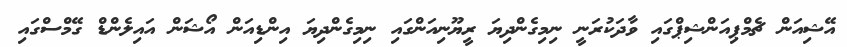
އޭޝިއަން ޗެމްޕިއަންޝިޕްގައި ވާދަކުރަނީ ނިމިގެންދިޔަ ރީޔޫނިއަންގައި ނިމިގެންދިޔަ އިންޑިއަން އޯޝަން އައިލެންޑް ގޭމްސްގައި